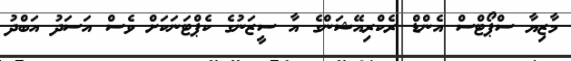
މާޒިޔާ ސްޕޯޓްސް އެންޑް ރެކްރިއޭޝަންގެ އާ ސީޒަނުގެ ކެޕްޓަނަކަށް ވެސް އަސަދު އަބްދު